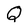
Character: Q